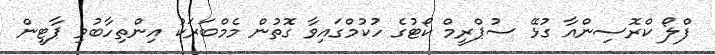
ފްލޯ ކްރޮސިންއާ ގުޅޭ ސުޕްރީމް ކޯޓުގެ ހުކުމްގައިވާ ގޮތުން މެމްބަރަކު އިންތިހާބުވި ޕާޓީން